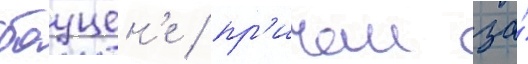
бауцен'е / пр'ичем за́